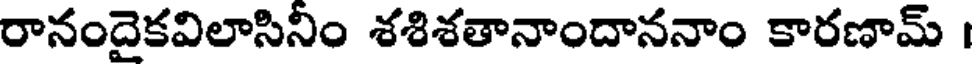
రానందైకవిలాసినిం శశిశతానాందాననాం కారణామ్ ।